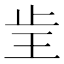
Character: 𰙝